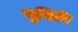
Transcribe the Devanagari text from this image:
मुशिरि